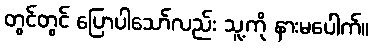
တွင်တွင် ပြောပါသော်လည်း သူ့ကို နားမပေါက်။